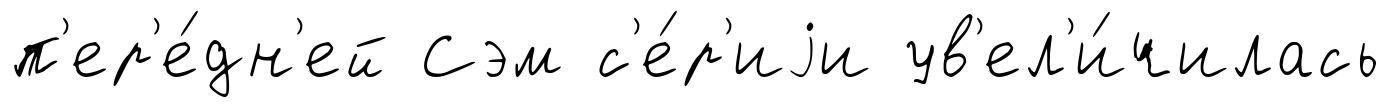
п'ер'е́дн'ей Сэм с'е́р'иjи ув'ел'и́чилась